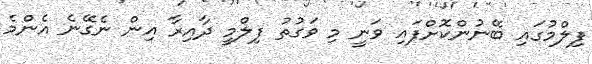
ފިލްމުގައި ބޭނުންކޮށްފައި ވަނީ މި ވަގުތު ފިލްމީ ދާއިރާ އިން ނެގޭނެ އެންމެ